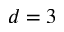
d = 3